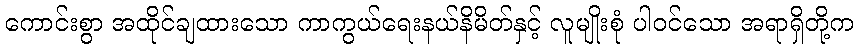
ကောင်းစွာ အထိုင်ချထားသော ကာကွယ်ရေးနယ်နိမိတ်နှင့် လူမျိုးစုံ ပါဝင်သော အရာရှိတို့က